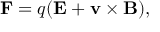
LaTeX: \mathbf { F } = q ( \mathbf { E } + \mathbf { v } \times \mathbf { B } ) ,